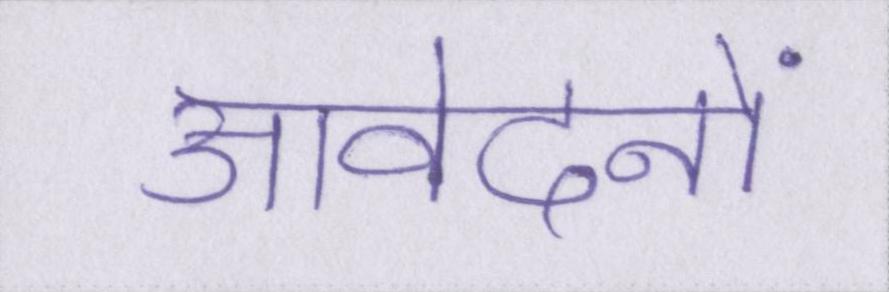
आवेदनों